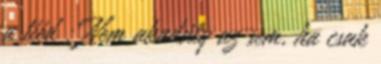
a tiéd : Nem akadály az sem, ha csak